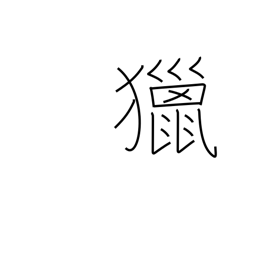
Meaning: field sports